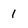
Character: 1